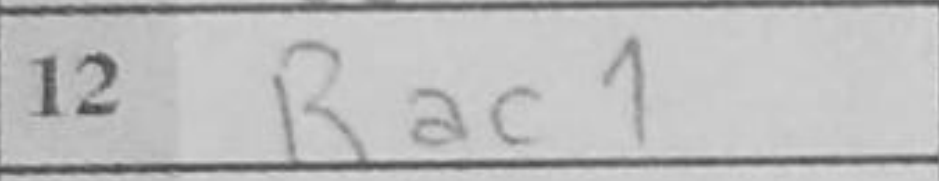
Transcription: Rac1